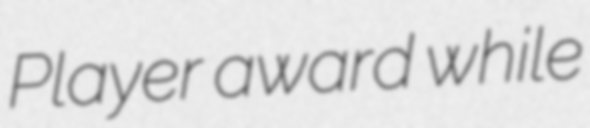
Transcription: Player award while